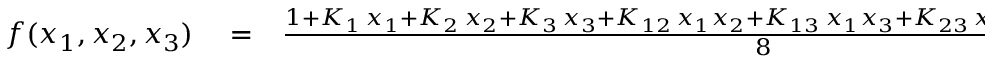
\begin{array} { r l r } { f ( x _ { 1 } , x _ { 2 } , x _ { 3 } ) } & { { } = } & { \frac { 1 + K _ { 1 } \, x _ { 1 } + K _ { 2 } \, x _ { 2 } + K _ { 3 } \, x _ { 3 } + K _ { 1 2 } \, x _ { 1 } x _ { 2 } + K _ { 1 3 } \, x _ { 1 } x _ { 3 } + K _ { 2 3 } \, x _ { 2 } x _ { 3 } + K _ { 1 2 3 } \, x _ { 1 } x _ { 2 } x _ { 3 } } { 8 } \; . } \end{array}